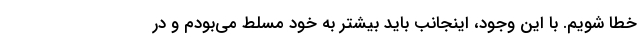
خطا شویم. با این وجود، اینجانب باید بیشتر به خود مسلط می‌بودم و در